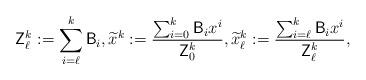
LaTeX: \begin{align*}\mathsf{Z}_{\ell}^k:=\sum_{i=\ell}^k\mathsf{B}_i,\widetilde x^k:=\frac{\sum_{i=0}^k\mathsf{B}_i x^i}{\mathsf{Z}_0^k},\widetilde x^k_\ell:=\frac{\sum_{i=\ell}^k\mathsf{B}_i x^i}{\mathsf{Z}_\ell^k},\end{align*}